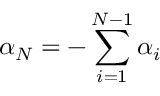
\alpha _ { N } = - \sum _ { i = 1 } ^ { N - 1 } \alpha _ { i }